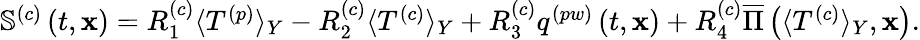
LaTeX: \begin{array}{r}{\boldsymbol{\mathbb{S}}^{\left(c\right)}\left(t,\mathbf{x}\right)=R_{1}^{\left(c\right)}\langle T^{\left(p\right)}\rangle_{Y}-R_{2}^{\left(c\right)}\langle T^{\left(c\right)}\rangle_{Y}+R_{3}^{\left(c\right)}q^{\left(pw\right)}\left(t,\mathbf{x}\right)+R_{4}^{\left(c\right)}\overline{{\Pi}}\left(\langle T^{\left(c\right)}\rangle_{Y},\mathbf{x}\right).}\end{array}